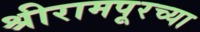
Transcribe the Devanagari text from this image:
श्रीरामपूरच्या